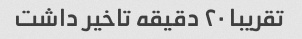
تقریبا ۲۰ دقیقه تاخیر داشت